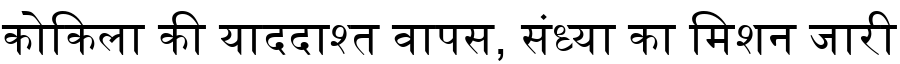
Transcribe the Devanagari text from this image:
कोकिला की याददाश्त वापस, संध्या का मिशन जारी